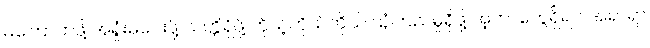
မကြောက်ဖို့ အရှုံးမပေးဖို့ သတ္တိရှိဖို့ ကိုယ့်ကိုယ်ကိုယ် ယုံကြည်မှုရှိဖို့ အဲ့တာတွေရှိရင် အရာရာ